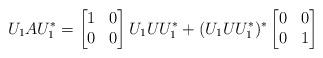
LaTeX: \begin{align*}U_1AU_1^*=\begin{bmatrix}1 & 0\\0 & 0\end{bmatrix}U_1UU_1^*+ (U_1UU_1^*)^*\begin{bmatrix}0 & 0\\0& 1\end{bmatrix}\end{align*}